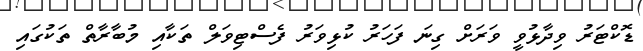
ޑޮކްޓަރު ވިދާޅުވީ ވަރަށް ގިނަ ފަހަރު ކުޅިވަރު ފެސްޓިވަލް ތަކާއި މުބާރާތް ތަކުގައި